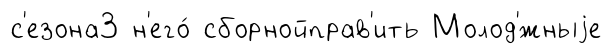
с'езона3 н'его́ сборнойправ'ить Молод'́жныjе